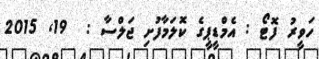
ހަވީރު ފޮޓޯ : އެމްޑީޕީގެ ކޮލަމާފުށި ޖަލްސާ :  19